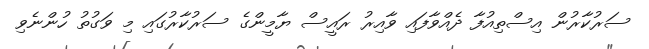
ސަރުކާރުން އިސްތިއުފާ ދެއްވާފައި ވާއިރު ރައީސް ޔާމީންގެ ސަރުކާރުގައި މި ވަގުތު ހުންނެވި